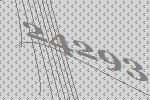
24293